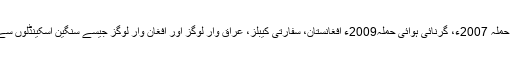
یوں بغداد ہوائی حملہ 2007ء، گرنائی ہوائی حملہ2009ء افغانستان، سفارتی کیبلز، عراق وار لوگز اور افغان وار لوگز جیسے سنگین اسکینڈلوں سے دنیا آگاہ ہوئی۔